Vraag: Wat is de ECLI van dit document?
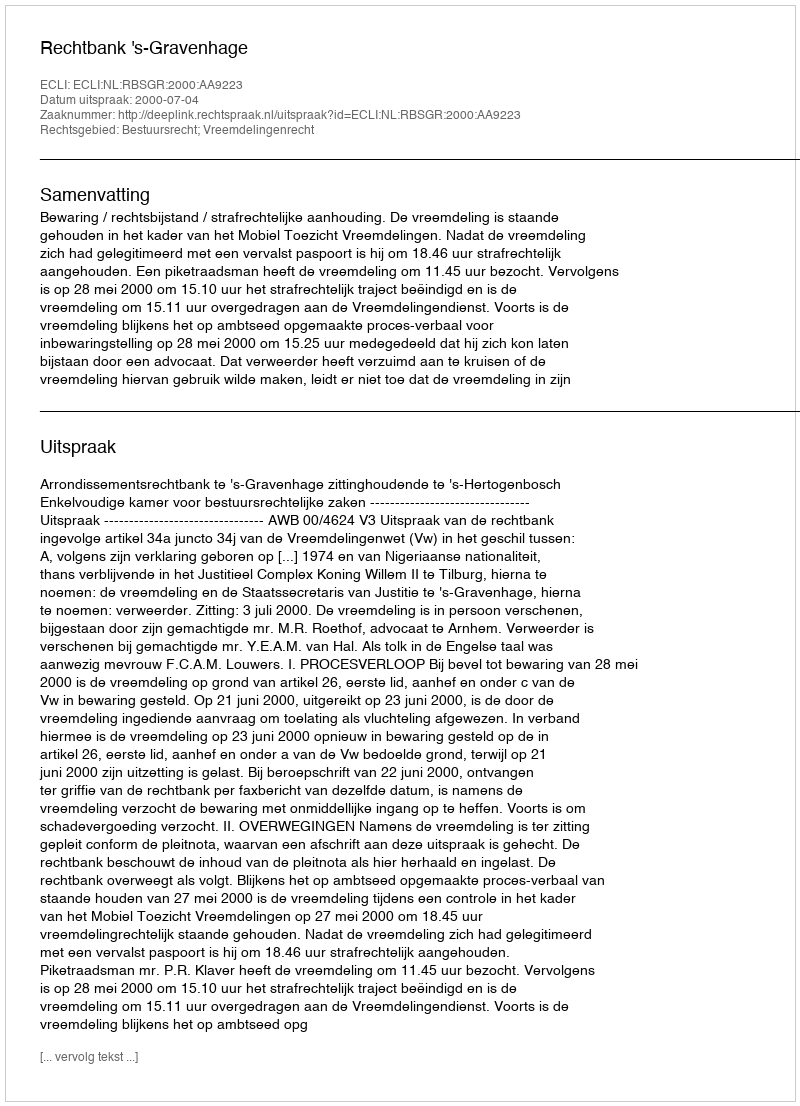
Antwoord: ECLI:NL:RBSGR:2000:AA9223